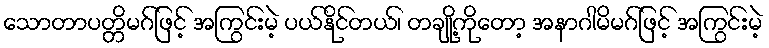
သောတာပတ္တိမဂ်ဖြင့် အကြွင်းမဲ့ ပယ်နိုင်တယ်၊ တချို့ကိုတော့ အနာဂါမိမဂ်ဖြင့် အကြွင်းမဲ့